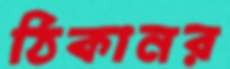
ঠিকানর